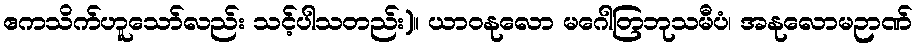
ဧကသိက်ဟူသော်လည်း သင့်ပါသတည်း)။ ယာဝနုလော မဂေါတြဘုသမီပံ၊ အနုလောမဉာဏ်